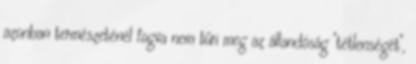
azonban természeténél fogva nem tűri meg az állandóság "tétlenségét",